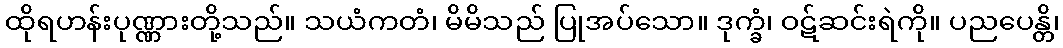
ထိုရဟန်းပုဏ္ဏားတို့သည်။ သယံကတံ၊ မိမိသည် ပြုအပ်သော။ ဒုက္ခံ၊ ဝဋ်ဆင်းရဲကို။ ပညပေန္တိ၊